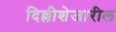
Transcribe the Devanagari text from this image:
दिल्लीशेजारील